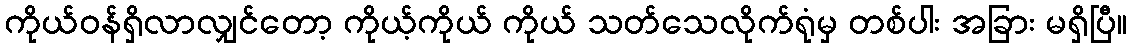
ကိုယ်ဝန်ရှိလာလျှင်တော့ ကိုယ့်ကိုယ် ကိုယ် သတ်သေလိုက်ရုံမှ တစ်ပါး အခြား မရှိပြီ။